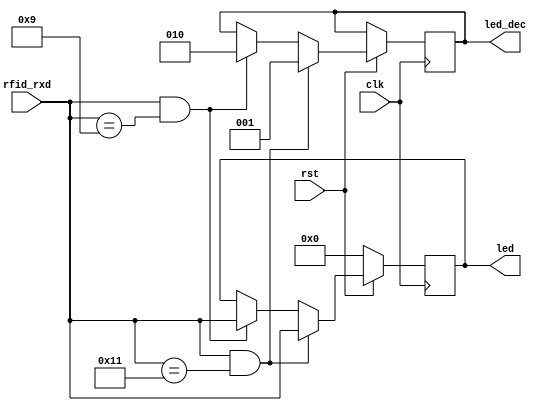
module led_decide(
input clk,
input rst,
input wire [7:0] 	rfid_rxd,
output wire [7:0] 	led,
output wire [2:0]	led_dec
 );
 
reg [7:0] 	led_r ;
reg [2:0]	led_dec_r;

always@(posedge clk)begin
	if(!rst)begin
		led_r <= 8'h00;
	end
	else if (rfid_rxd && rfid_rxd == 8'd17)begin
		led_r[7:0] <= rfid_rxd[7:0];
		led_dec_r <= 2'b01; 
	end
	else if(rfid_rxd && rfid_rxd == 8'd9)begin
		led_r[7:0] <= rfid_rxd[7:0];
		led_dec_r <= 2'b10; 
	end
//	else if(rfid_rxd != 8'd9 && rfid_rxd == 8'd17)begin
//		led_dec_r <= 3;
//	end
		
end

assign led = led_r ;
assign led_dec = led_dec_r;

endmodule